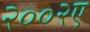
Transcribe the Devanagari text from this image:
२००२ए